Vaccination in Bombay 1869-1873 - 1869-1873
Year: 1869
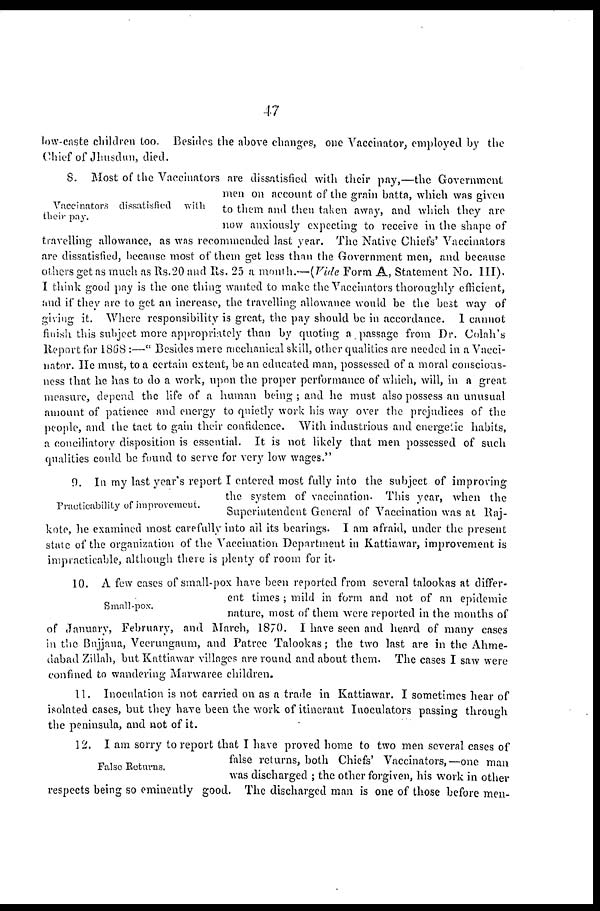
47
low-caste children too. Besides the above changes, one Vaccinator, employed by the
Chief of Jhusdun, died.
Vaccinators dissatisfied with
their pay.
8. Most of the Vaccinators are dissatisfied with their pay,—the Government
men on account of the grain batta, which was given
to them and then taken away, and which they are
now anxiously expecting to receive in the shape of
travelling allowance, as was recommended last year. The Native Chiefs' Vaccinators
are dissatisfied, because most of them get less than the Government men, and because
others get as much as Rs.20 and Rs. 25 a month.—(Vide Form A, Statement No. III).
I think good pay is the one thing wanted to make the Vaccinators thoroughly efficient,
and if they are to get an increase, the travelling allowance would be the best way of
giving it. Where responsibility is great, the pay should be in accordance. I cannot
finish this subject more appropriately than by quoting a passage from Dr. Colah's
Report for 1868 :—" Besides mere mechanical skill, other qualities are needed in a Vacci-
nator. He must, to a certain extent, be an educated man, possessed of a moral conscious-
ness that he has to do a work, upon the proper performance of which, will, in a great
measure, depend the life of a human being ; and he must also possess an unusual
amount of patience and energy to quietly work his way over the prejudices of the
people, and the tact to gain their confidence. With industrious and energetic habits,
a conciliatory disposition is essential. It is not likely that men possessed of such
qualities could be found to serve for very low wages."
Practicability of improvement.
9. In my last year's report I entered most fully into the subject of improving
the system of vaccination. This year, when the
Superintendent General of Vaccination was at Raj-
kote, he examined most carefully into all its bearings. I am afraid, under the present
state of the organization of the Vaccination Department in Kattiawar, improvement is
impracticable, although there is plenty of room for it
Small-pox.
10. A few cases of small-pox have been reported from several talookas at differ-
ent times ; mild in form and not of an epidemic
nature, most of them were reported in the months of
of January, February, and March, 1870. I have seen and heard of many cases
in the Bujjana, Veerungaum, and Patree Talookas; the two last are in the Ahme-
dabad Zillah, but Kattiawar villages are round and about them. The cases I saw were
confined to wandering Marwaree children.
11. Inoculation is not carried on as a trade in Kattiawar. I sometimes hear of
isolated cases, but they have been the work of itinerant Inoculators passing through
the peninsula, and not of it.
False Returns.
12. I am sorry to report that I have proved home to two men several cases of
false returns, both Chiefs' Vaccinators,—one man
was discharged ; the other forgiven, his work in other
respects being so eminently good. The discharged man is one of those before men-